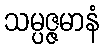
သမ္ပဇ္ဇမာနံ